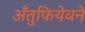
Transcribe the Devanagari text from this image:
अँतुफियेवने